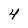
Character: 4